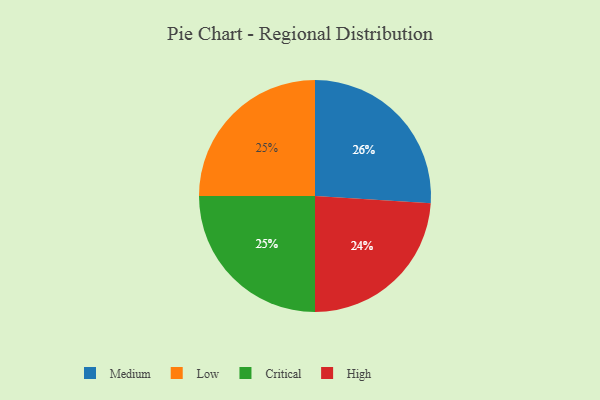
{"axis": {"x": "Category", "y": "Percentage"}, "legend": ["Critical", "High", "Low", "Medium"], "data": [{"x": "Medium", "y": 26, "type": "Medium"}, {"x": "High", "y": 24, "type": "High"}, {"x": "Low", "y": 25, "type": "Low"}, {"x": "Critical", "y": 25, "type": "Critical"}]}